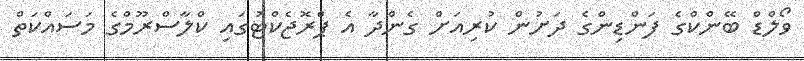
ވޯލްޑް ބޭންކްގެ ފަންޑިންގެ ދަށުން ކުރިއަށް ގެންދާ އެ ޕްރޮޖެކްޓުގައި ކްލާސްރޫމްގެ މަސައްކަތް